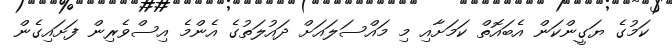
ކަމުގެ ޔަގީންކަން އެބައޮތް ކަމަށާއި މި މައްސަލައަށް ދައުލަތުގެ އެންމެ އިސްވެރިން ފަށައިގެން